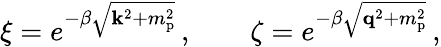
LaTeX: \xi=e^{-\beta\sqrt{{\mathbf k}^{2}+m_{\mathrm{p}}^{2}}}\, ,\qquad\zeta=e^{-\beta\sqrt{{\mathbf q}^{2}+m_{\mathrm{p}}^{2}}}\, ,